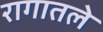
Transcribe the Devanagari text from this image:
रागातले